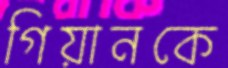
গিয়ানকে